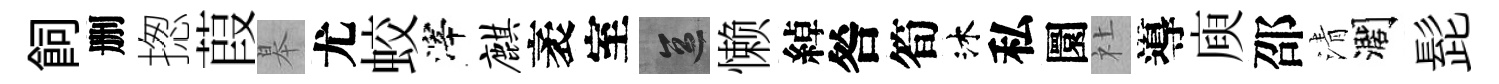
飼删揔葭皋尤蛟滓麒袤室區懒綽咎筍沐私圜社導庾邵清濶髭